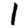
Digit: 1